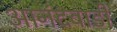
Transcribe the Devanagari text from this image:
आनंदवाडी